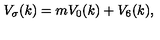
V _ { \sigma } ( k ) = m V _ { 0 } ( k ) + V _ { 6 } ( k ) ,